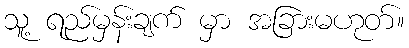
သူ့ ရည်မှန်းချက် မှာ အခြားမဟုတ်။